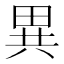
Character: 異